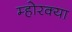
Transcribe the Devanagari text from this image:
म्होरक्‍या